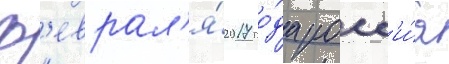
ф'еврал'я́ 2017 го́да росс'и́я